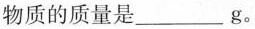
物质的质量是___g。